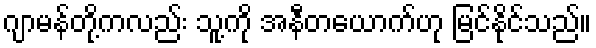
ဂျာမန်တို့ကလည်း သူ့ကို အနီတယောက်ဟု မြင်နိုင်သည်။